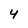
Character: 4